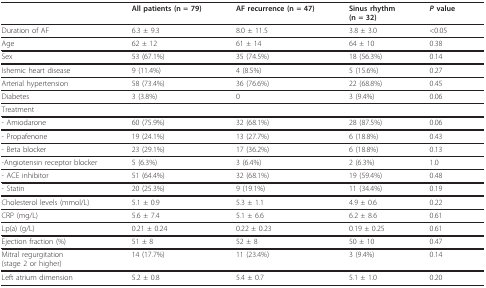
<table><thead><tr><td></td><td><b>All patients (n = 79)</b></td><td><b>AF recurrence (n = 47)</b></td><td><b>Sinus rhythm(n = 32)</b></td><td><b><i>P </i>value</b></td></tr></thead><tbody><tr><td>Duration of AF</td><td>6.3 ± 9.3</td><td>8.0 ± 11.5</td><td>3.8 ± 3.0</td><td>&lt;0.05</td></tr><tr><td>Age</td><td>62 ± 12</td><td>61 ± 14</td><td>64 ± 10</td><td>0.38</td></tr><tr><td>Sex</td><td>53 (67.1%)</td><td>35 (74.5%)</td><td>18 (56.3%)</td><td>0.14</td></tr><tr><td>Ishemic heart disease</td><td>9 (11.4%)</td><td>4 (8.5%)</td><td>5 (15.6%)</td><td>0.27</td></tr><tr><td>Arterial hypertension</td><td>58 (73.4%)</td><td>36 (76.6%)</td><td>22 (68.8%)</td><td>0.45</td></tr><tr><td>Diabetes</td><td>3 (3.8%)</td><td>0</td><td>3 (9.4%)</td><td>0.06</td></tr><tr><td>Treatment</td><td></td><td></td><td></td><td></td></tr><tr><td>- Amiodarone</td><td>60 (75.9%)</td><td>32 (68.1%)</td><td>28 (87.5%)</td><td>0.06</td></tr><tr><td>- Propafenone</td><td>19 (24.1%)</td><td>13 (27.7%)</td><td>6 (18.8%)</td><td>0.43</td></tr><tr><td>- Beta blocker</td><td>23 (29.1%)</td><td>17 (36.2%)</td><td>6 (18.8%)</td><td>0.13</td></tr><tr><td>-Angiotensin receptor blocker</td><td>5 (6.3%)</td><td>3 (6.4%)</td><td>2 (6.3%)</td><td>1.0</td></tr><tr><td>- ACE inhibitor</td><td>51 (64.4%)</td><td>32 (68.1%)</td><td>19 (59.4%)</td><td>0.48</td></tr><tr><td>- Statin</td><td>20 (25.3%)</td><td>9 (19.1%)</td><td>11 (34.4%)</td><td>0.19</td></tr><tr><td>Cholesterol levels (mmol/L)</td><td>5.1 ± 0.9</td><td>5.3 ± 1.1</td><td>4.9 ± 0.6</td><td>0.22</td></tr><tr><td>CRP (mg/L)</td><td>5.6 ± 7.4</td><td>5.1 ± 6.6</td><td>6.2 ± 8.6</td><td>0.61</td></tr><tr><td>Lp(a) (g/L)</td><td>0.21 ± 0.24</td><td>0.22 ± 0.23</td><td>0.19 ± 0.25</td><td>0.61</td></tr><tr><td>Ejection fraction (%)</td><td>51 ± 8</td><td>52 ± 8</td><td>50 ± 10</td><td>0.47</td></tr><tr><td>Mitral regurgitation(stage 2 or higher)</td><td>14 (17.7%)</td><td>11 (23.4%)</td><td>3 (9.4%)</td><td>0.14</td></tr><tr><td>Left atrium dimension</td><td>5.2 ± 0.8</td><td>5.4 ± 0.7</td><td>5.1 ± 1.0</td><td>0.20</td></tr></tbody></table>